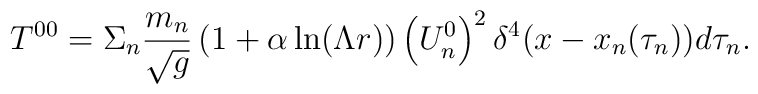
T^{00}=\Sigma_n\frac{m_n}{\sqrt{g}}\left(1+\alpha\ln(\Lambda r)\right)\left(U^0_n\right)^2\delta^4(x-x_n(\tau_n))d\tau_n .